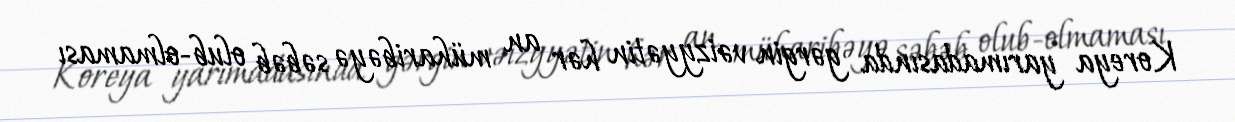
Koreya yarımadasında gərgin vəizyyətin hər an müharibəyə səbəb olub-olmaması